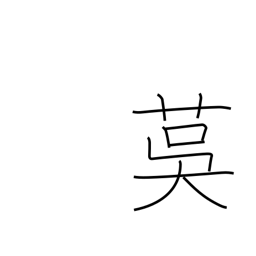
Meaning: matting